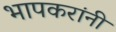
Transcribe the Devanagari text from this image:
भापकरांनी